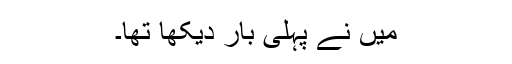
میں نے پہلی بار دیکھا تھا۔